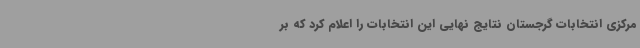
مرکزی انتخابات گرجستان نتایج نهایی این انتخابات را اعلام کرد که بر